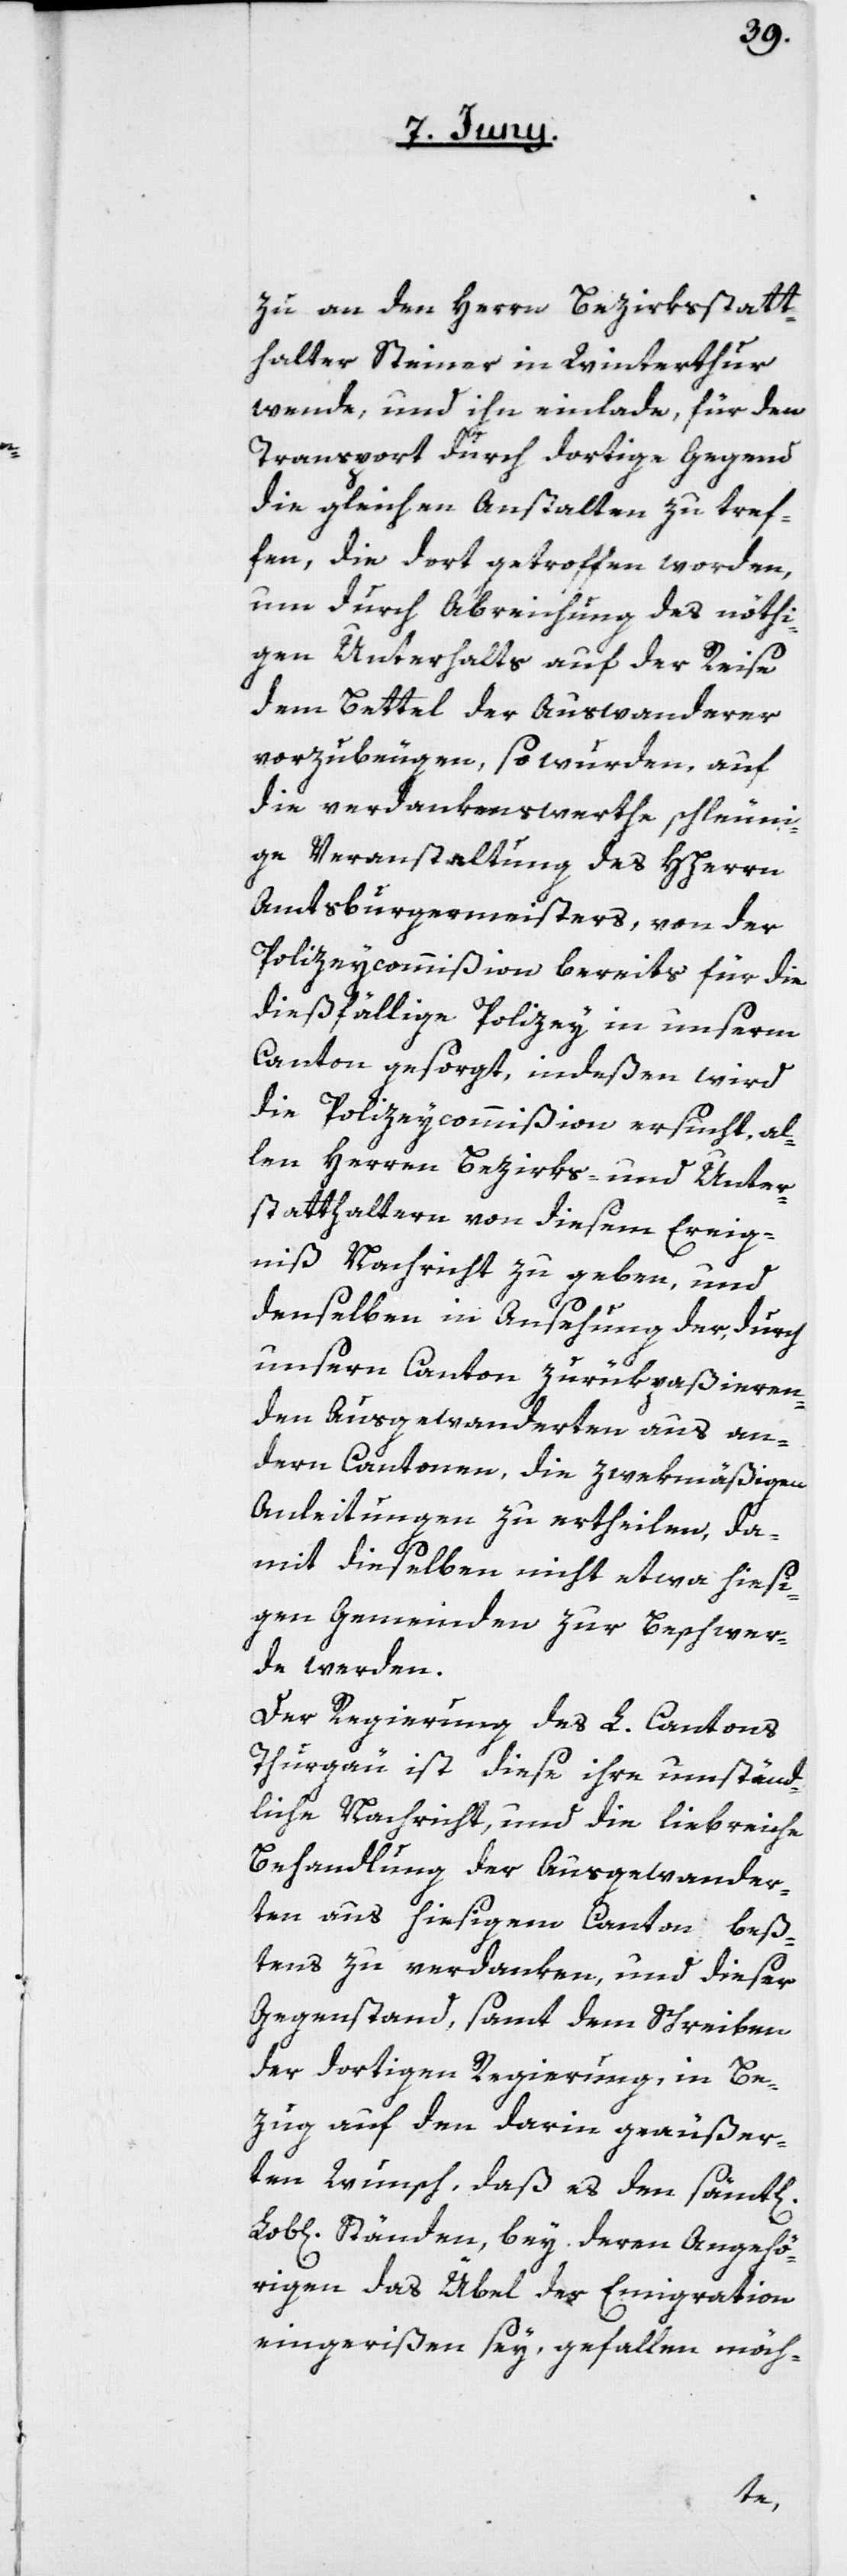
zu an den Herrn Bezirksstatt¬
halter Steiner in Winterthur
wende, und ihn einlade, für den
Transport durch dortige Gegend
die gleichen Anstalten zu tref¬
fen, die dort getroffen worden,
um durch Abreichung des nöthi¬
gen Unterhalts auf der Reise
dem Bettel der Auswanderer
vorzubeugen, so wurden auf
die verdankenswerthe schleuni¬
ge Veranstaltung des HHerrn
Amtsburgermeisters, von der
Polizeycommißion bereits für die
dießfällige Polizey in unserm
die Polizeycommißion ersucht, al¬
len Herren Bezirks- und Unter¬
statthaltern von diesem Ereig¬
niß Nachricht zu geben, und
denselben in Ansehung der, durch
unsern Canton zurükpaßieren¬
den Ausgewanderten aus an¬
dern Cantonen, die zwekmäßigen
Anleitungen zu ertheilen, da¬
mit dieselben nicht etwa hiesi¬
gen Gemeinden zur Beschwer¬
de werden.
Der Regierung des L. Cantons
Thurgau ist diese ihre umständ¬
liche Nachricht, und die liebreiche
Behandlung der Ausgewander¬
ten aus hiesigem Canton beß¬
tens zu verdanken, und dieser
Gegenstand, samt dem Schreiben
der dortigen Regierung, in Be¬
zug auf den darin geäußer¬
ten Wunsch, daß es den sämt[li¬
Lob[lichen] Ständen, bey deren Angehö¬
rigen das Übel der Emigration
eingerißen sey, gefallen möch-
chen]